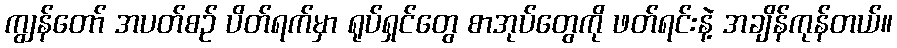
ကျွန်တော် အပတ်စဉ် ပိတ်ရက်မှာ ရုပ်ရှင်တွေ စာအုပ်တွေကို ဖတ်ရင်းနဲ့ အချိန်ကုန်တယ်။